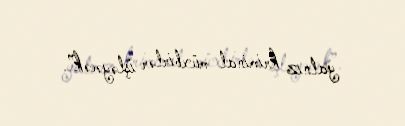
yalnız kriminal müxbirlər işləyəcək”.